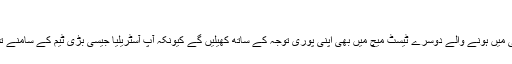
‘
مصباح الحق کا کہنا ہے کہ وہ ابوظہبی میں ہونے والے دوسرے ٹیسٹ میچ میں بھی اپنی پوری توجہ کے ساتھ کھیلیں گے کیونکہ آپ آسٹریلیا جیسی بڑی ٹیم کے سامنے تساہل پسندی کے متحمل نہیں ہوسکتے۔